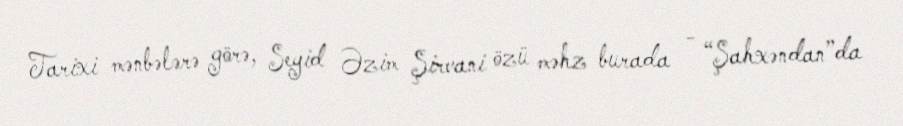
Tarixi mənbələrə görə, Seyid Əzim Şirvani özü məhz burada - “Şahxəndan”da